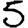
Digit: 5